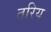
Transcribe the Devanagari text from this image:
तरिय